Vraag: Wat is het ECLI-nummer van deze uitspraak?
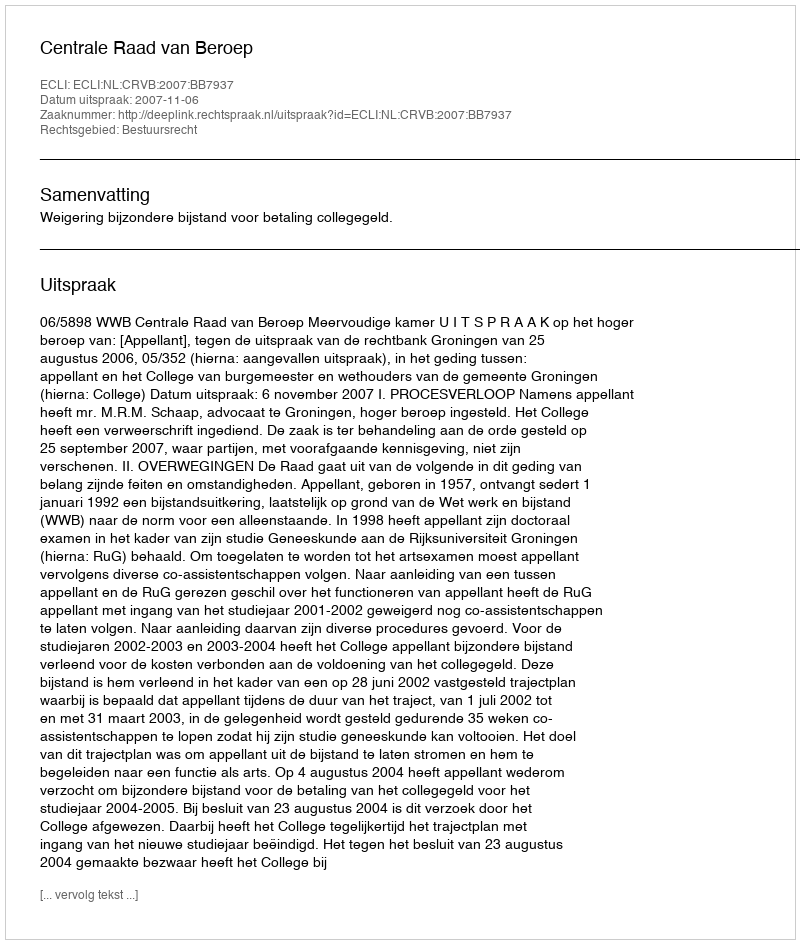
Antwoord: ECLI:NL:CRVB:2007:BB7937